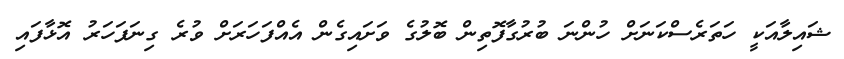
ޝައިލާއަކީ ހަތަރެސްކަނަށް ހުންނަ ބުރުގާފޮތިން ބޮލުގެ ވަށައިގެން އެއްފަހަރަށް ވުރެ ގިނަފަހަރު އޮޅާފައި